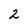
Character: 2